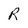
Character: R